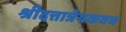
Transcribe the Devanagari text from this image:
श्रीदत्तात्रेयकवच